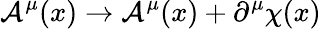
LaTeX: {\cal A}^{\mu}(x)\rightarrow{\cal A}^{\mu}(x)+\partial^{\mu}\chi(x)